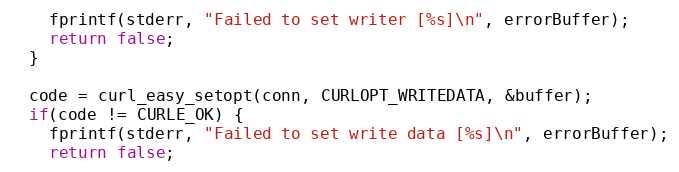
Language: C++
    fprintf(stderr, "Failed to set writer [%s]\n", errorBuffer);
    return false;
  }

  code = curl_easy_setopt(conn, CURLOPT_WRITEDATA, &buffer);
  if(code != CURLE_OK) {
    fprintf(stderr, "Failed to set write data [%s]\n", errorBuffer);
    return false;